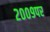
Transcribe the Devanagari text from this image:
२००९पर